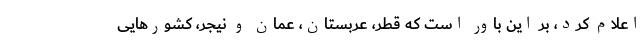
اعلام کرد، بر این باور است که قطر، عربستان، عمان و نیجر، کشورهایی